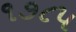
૧૭૮૫